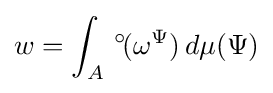
w=\int _{A}\,^{\circ }\!(\omega ^{\Psi })\,d\mu (\Psi )